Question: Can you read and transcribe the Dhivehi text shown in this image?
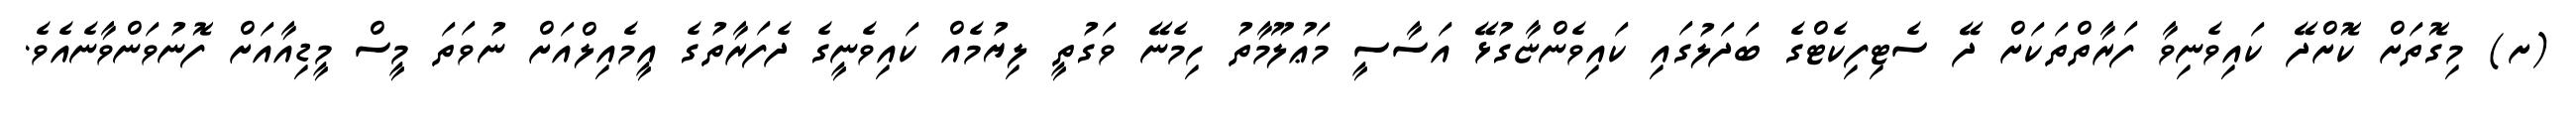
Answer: (ށ) މިގޮތަށް ކޮށްދޭ ކައިވެނިވާ ފަރާތްތަކަށް ދޭ ސެޓިފިކެޓްގެ ބަދަލުގައި ކައިވެންޏާގުޅޭ އަސާސީ މަޢުލޫމާތު ހިމެނޭ ވަގުތީ ލިޔުމެއް ކައިވެނީގެ ދެފަރާތުގެ އީމެއިލްއަށް ނުވަތަ މީސް މީޑިއާއަށް ފޮނުވަންވާނެއެވެ.